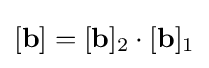
[\mathbf {b} ]=[\mathbf {b} ]_{2}\cdot [\mathbf {b} ]_{1}